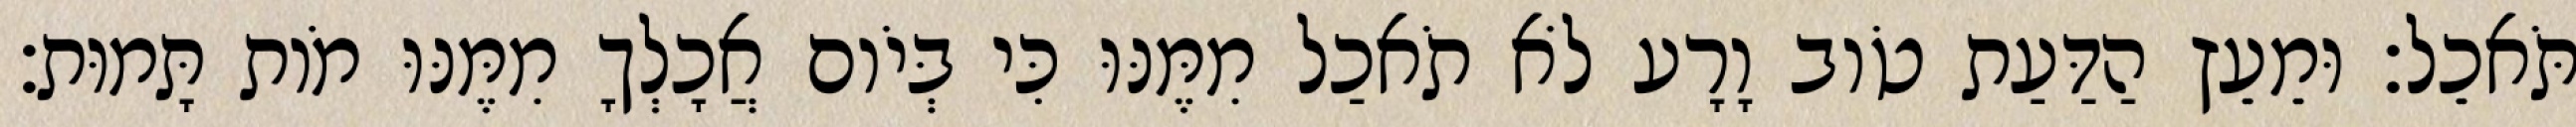
תֹּאכֵל׃ וּמֵעֵץ הַדַּעַת טֹוב וָרָע לֹא תֹאכַל מִמֶּנּוּ כִּי בְּיֹום אֲכָלְךָ מִמֶּנּוּ מֹות תָּמוּת׃